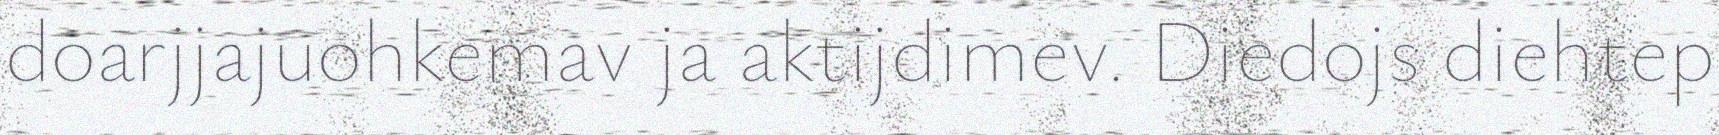
doarjjajuohkemav ja aktijdimev. Diedojs diehtep